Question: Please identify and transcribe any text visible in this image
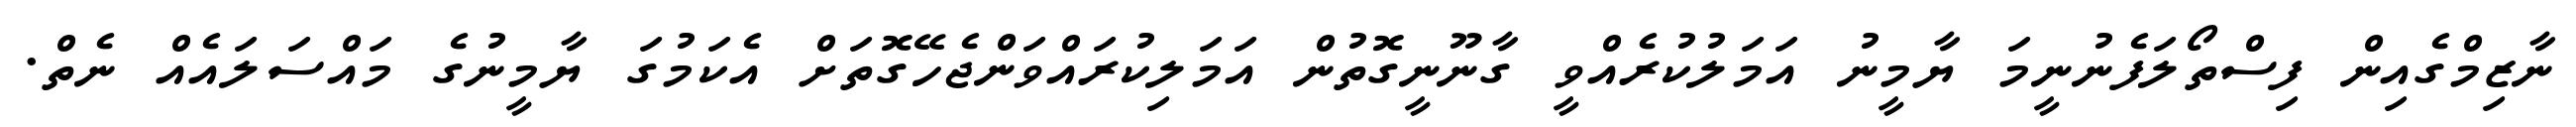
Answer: ނާޒިމްގެއިން ފިސްތޯލަފެނުނީމަ ޔާމީނު އަމަލުކުރެއްވީ ގާނޫނީގޮތުން އަމަލިކުރައްވަންޖެހޭގޮތަށް އެކަމުގަ ޔާމީނުގެ މައްސަލައެއް ނެތް.